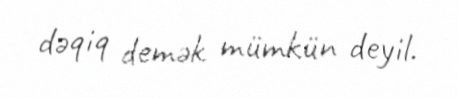
dəqiq demək mümkün deyil.